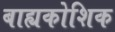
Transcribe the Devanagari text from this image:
बाह्यकोशिक